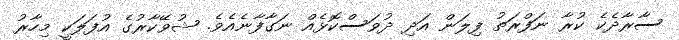
ސާރާދެކެ ކުރާ ނަފްރަތު ފިލަން އަދި ދުވަސްކޮޅެއް ނަގާފާނެއެވެ. ޝުވޭކާރުގެ އުފަލަކީ މިހާރު